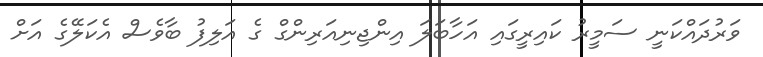
ވަރުދައްކަނީ ސަމީރު ކައިރީގައި އަހާބަލަ އިންޖިނިއަރިންގް ގެ އަލިފު ބާވެސް އެކަލޭގެ އަށް